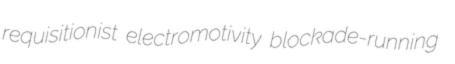
requisitionist electromotivity blockade-running